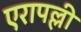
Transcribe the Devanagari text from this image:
एरापल्ली